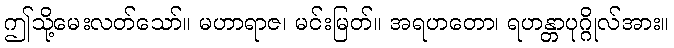
ဤသို့မေးလတ်သော်။ မဟာရာဇ၊ မင်းမြတ်။ အရဟတော၊ ရဟန္တာပုဂ္ဂိုလ်အား။